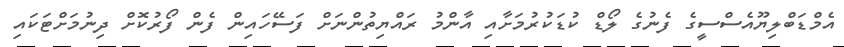
އެމްޑަބްލިޔޫއެސްސީގެ ފެނުގެ ލޯޑް ކުޑަކުރުމަށާއި އާންމު ރައްޔިތުންނަށް ފަސޭހައިން ފެން ފޯރުކޮށް ދިނުމަށްޓަކައި